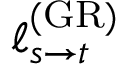
\ell _ { s \rightarrow t } ^ { \mathrm { ( G R ) } }